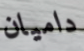
داميان